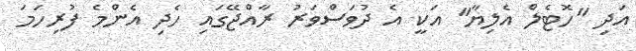
އަދި "ހޮޓެލް އެލިޔާ" އަކީ އެ ދުވަސްވަރު ރާއްޖޭގައި ހެދި އެންމެ ފުރިހަމަ